Report of the Municipal Commissioner on the plague in Bombay for the year ending 31st May... - Volume 3
Disease focus: Plague
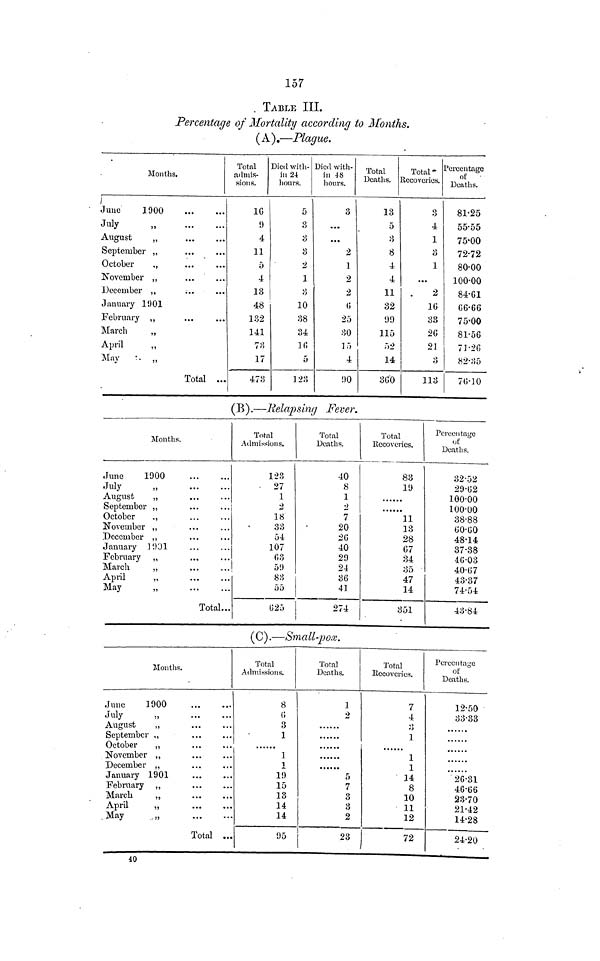
157
. TABLE III.
Percentage of Mortality according to Months.
(A).—Plague.
Months.
/
June
1900
July
„
August
„
September „
October
,,
November ,,
December ,,
January 1901
February ,,
March
„
April
May
„
Total
Total
admis-
sions.
16
9
4
11
5
4
13
48
132
141
73
17
473
Died with-
in 24
hours.
5
3
3
3
2
1
3
10
38
34
16
5
123
Died with-
in 48
hours.
3
...
...
2
1
2
2
6
25
30
15
4
90
Total
Deaths. ]
13
5
3
8
4
4
11
32
99
115
52
14
360
Total -
Recoveries.
3
4
1
3
1
...
2
16
33
26
21
3
113
Percentage
of
Deaths.
81·25
55·55
75·00
72·72
80·00
100·00
84·61
66·66
75·00
81·56
71·26
82·35
76·10
(B).— Relapsing Fever.
Months.
June
1900
July
„
August
„
September
October
,,
November „
December ,,
January 1991
February ,,
March
„
April
,,
May
„
Total
Total
Admissions.
123
•
27
1
2
18
33
54
107
63
.1
59
83
55
625
Total
Deaths.
40
8
1
2
7
20
26
40
29
24
36
41
274
Total
Recoveries.
83
19
11
13
28
67
34
35
47
14
351
Percentage
of
Deaths.
32·52
29·62
100·00
100·00
38·88
60·60
48·14
37·38
46·03
40·67
43·37
74·54
43·84
(C).—Small-pox.
Months.
June
1900
July
,,
August
„
September ,,
October
,,
November ,,
December „
January 1901
February „
March
„
April
„
May
„
Total ...
Total
Admissions.
8
0
3
1
1
1
1!)
15
13
14
14
95
Total
Deaths.
]
2
5
7
3
3
2
!
23
Total
Recoveries.
7
4
3
1
1
1
14
8
10
11
12
72
Percentage
of
Deaths.
12·50
33·33
26·31
46·66
23·70
21·42
14·28
24·20
40